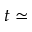
t \simeq